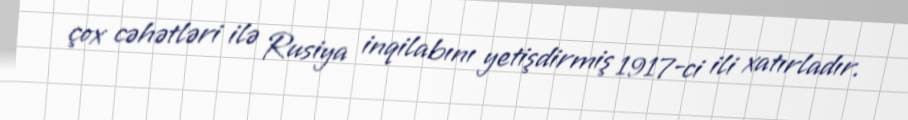
çox cəhətləri ilə Rusiya inqilabını yetişdirmiş 1917-ci ili xatırladır.